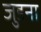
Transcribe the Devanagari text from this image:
जुडना